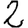
Digit: 2